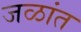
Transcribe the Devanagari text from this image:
जळांत